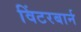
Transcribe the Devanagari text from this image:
विंटरबार्न